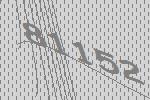
81152